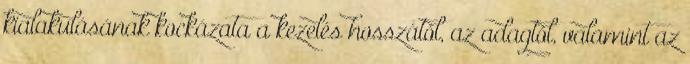
kialakulásának kockázata a kezelés hosszától, az adagtól, valamint az